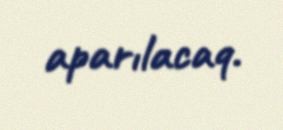
aparılacaq.